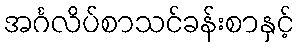
အင်္ဂလိပ်စာသင်ခန်းစာနှင့်